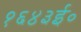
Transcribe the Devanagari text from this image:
१६४३ई०